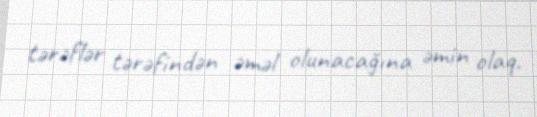
tərəflər tərəfindən əməl olunacağına əmin olaq.